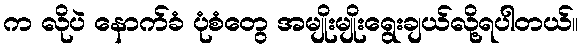
က လိုပဲ နောက်ခံ ပုံစံတွေ အမျိုးမျိုးရွေးချယ်လို့ရပါတယ်။